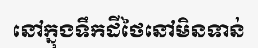
នៅក្នុងទឹកដីថៃនៅមិនទាន់